Annual administration report of the Civil Veterinary Department of India - 1893-1894
Year: 1893
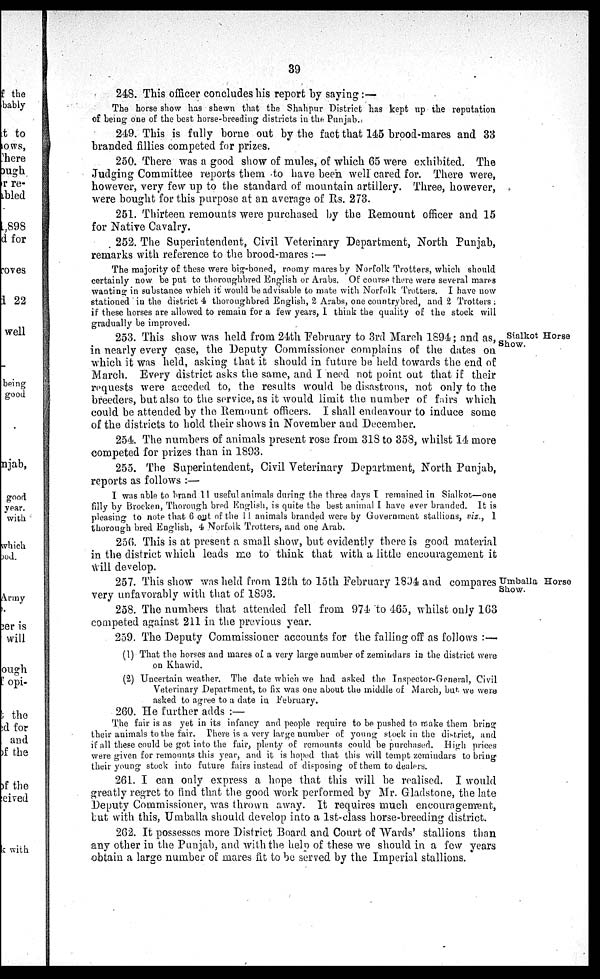
39
248. This officer concludes his report by saying:—
The horse show has shewn that the Shahpur District has kept up the reputation
of being one of the best horse-breeding districts in the Punjab.
249. This is fully borne out by the fact that 145 brood-mares and 33
branded fillies competed for prizes.
250. There was a good show of mules, of which 65 were exhibited. The
Judging Committee reports them to have been, well cared for. There were,
however, very few up to the standard of mountain artillery. Three, however,
were bought for this purpose at an average of Rs. 273.
251. Thirteen remounts were purchased by the Remount officer and 15
for Native Cavalry.
252. The Superintendent, Civil Veterinary Department, North Punjab,
remarks with reference to the brood-mares:—
The majority of these were big-boned, roomy mares by Norfolk Trotters, which should
certainly now be put to thoroughbred English or Arabs. Of course there were several mares
wanting in substance which it would be advisable to mate with Norfolk Trotters. I have now
stationed in the district 4 thoroughbred English, 2 Arabs, one countrybred, and 2 Trotters;
if these horses are allowed to remain for a few years, I think the quality of the stock will
gradually be improved.
Sialkot Horse
Show.
253. This show was held from 24th February to 3rd March 1894; and as,
in nearly every case, the Deputy Commissioner complains of the dates on
which it was held, asking that it should in future be held towards the end of
March. Every district asks the same, and I need not point out that if their
requests were acceded to, the results would be disastrous, not only to the
breeders, but also to the service, as it would limit the number of fairs which
could be attended by the Remount officers. I shall endeavour to induce some
of the districts to hold their shows in November and December.
254. The numbers of animals present rose from 318 to 358, whilst 14 more
competed for prizes than in 1893.
255. The Superintendent, Civil Veterinary Department, North Punjab,
reports as follows:—
I was able to brand 11 useful animals during the three days I remained in Sialkot—one
filly by Brocken, Thorough bred English, is quite the best animal I have ever branded. It is
pleasing to note that 6 out of the 11 animals branded were by Government stallions, viz., 1
thorough bred English, 4 Norfolk Trotters, and one Arab.
256. This is at present a small show, but evidently there is good material
in the district which leads me to think that with a little encouragement it
will develop.
Umballa Horse
Show.
257. This show was held from 12th to 15th February 1804 and compares
very unfavorably with that of 1893.
258. The numbers that attended fell from 974 to 465, whilst only 163
competed against 211 in the previous year.
259. The Deputy Commissioner accounts for the falling off as follows:—
(1) That the horses and mares of a very large number of zemindars in the district were
on Khawid.
(2) Uncertain weather. The date which we had asked the Inspector-General, Civil
Veterinary Department, to fix was one about the middle of March, but we were
asked to agree to a date in February.
260. He further adds:—
The fair is as yet in its infancy and people require to be pushed to make them bring
their animals to the fair. There is a very large number of young stock in the district, and
if all these could be got into the fair, plenty of remounts could be purchased. High prices
were given for remounts this year, and it is hoped that this will tempt zemindars to bring
their young stock into future fairs instead of disposing of them to dealers.
261. I can only express a hope that this will be realised. I would
greatly regret to find that the good work performed by Mr. Gladstone, the late
Deputy Commissioner, was thrown away. It requires much encouragement,
but with this, Umballa should develop into a 1st-class horse-breeding district.
262. It possesses more District Board and Court of Wards' stallions than
any other in the Punjab, and with the help of these we should in a few years
obtain a large number of mares fit to be served by the Imperial stallions.